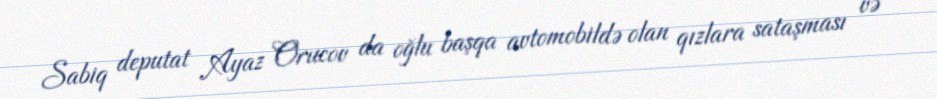
Sabiq deputat Ayaz Orucov da oğlu başqa avtomobildə olan qızlara sataşması və